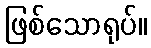
ဖြစ်သောရုပ်။